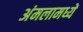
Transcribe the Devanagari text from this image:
अंमलामध्यें